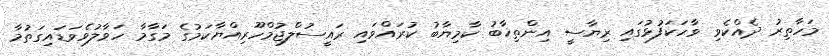
މަހާތިރު ދެއްކެވި ވާހަކަފުޅުގައި ރިޔާސީ އިންތިޚާބު ކާމިޔާބު ކުރައްވައި ރައީސުލްޖުމްހޫރިއްޔާކަމުގެ މަގާމާ ހަވާލުވެވަޑައިގަތުމާ